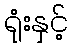
ရုံးနှင့်